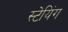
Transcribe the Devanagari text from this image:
स्टेयिंग